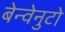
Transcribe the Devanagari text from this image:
बेन्वेनुटो